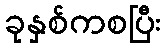
ခုနှစ်ကစပြီး